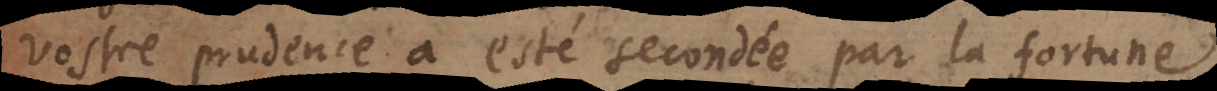
vostre prudence a esté secondée par la fortune